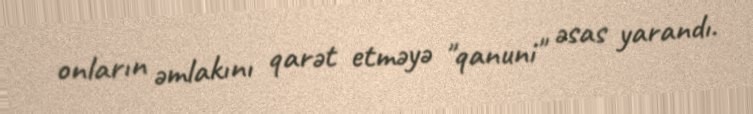
onların əmlakını qarət etməyə "qanuni" əsas yarandı.